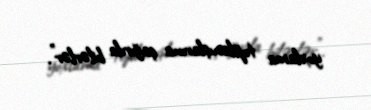
yoxlama toplanışlarına çağırıla bilərlər".